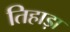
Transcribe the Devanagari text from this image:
तिहाड़ा